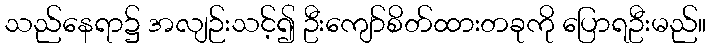
သည်နေရာ၌ အလျဉ်းသင့်၍ ဦးကျော်စိတ်ထားတခုကို ပြောရဦးမည်။